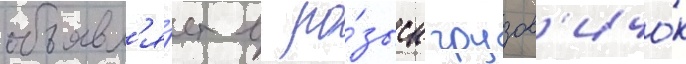
объявл'я́ет в ро́зыск грузов'ичо́к